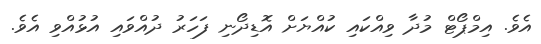
އެވެ. އިމްޕޯޓް މުދާ ވިއްކައި ކުއްޔަށް އޮޑިދޯނި ފަހަރު ދުއްވައި އުޅުއްވި އެވެ.